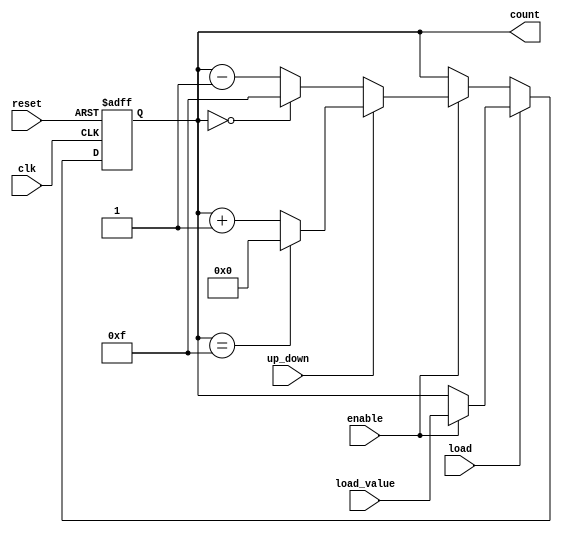
module SynchronousCounter #(
    parameter N = 4 // Bit width of the counter
)(
    input wire clk,          // Clock signal
    input wire reset,        // Asynchronous reset
    input wire enable,       // Enable signal
    input wire load,         // Load signal
    input wire up_down,      // Counting direction (1 for up, 0 for down)
    input wire [N-1:0] load_value, // Value to load into the counter
    output reg [N-1:0] count // Current count value
);

    // Asynchronous reset
    always @(posedge clk or posedge reset) begin
        if (reset) begin
            count <= 0; // Reset count to 0
        end else if (load) begin
            if (enable) begin
                count <= load_value; // Load the specified value
            end
        end else if (enable) begin
            if (up_down) begin
                // Up counting
                if (count == (2**N - 1)) begin
                    count <= 0; // Wrap around to 0
                end else begin
                    count <= count + 1; // Increment count
                end
            end else begin
                // Down counting
                if (count == 0) begin
                    count <= (2**N - 1); // Wrap around to max value
                end else begin
                    count <= count - 1; // Decrement count
                end
            end
        end
    end

endmodule